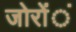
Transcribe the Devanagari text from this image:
जोरोंंं